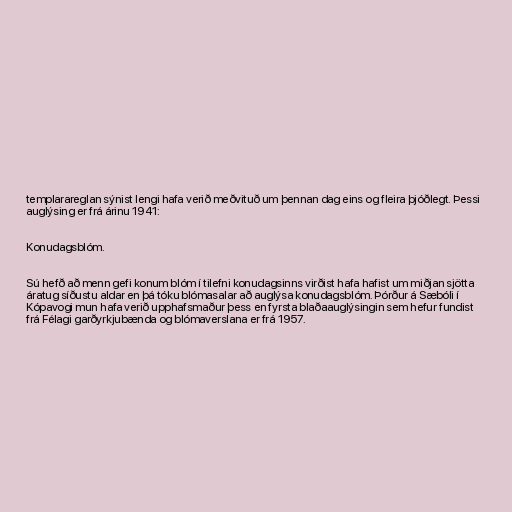
templarareglan sýnist lengi hafa verið meðvituð um þennan dag eins og fleira þjóðlegt. Þessi
auglýsing er frá árinu 1941:

Konudagsblóm.

Sú hefð að menn gefi konum blóm í tilefni konudagsinns virðist hafa hafist um miðjan sjötta
áratug síðustu aldar en þá tóku blómasalar að auglýsa konudagsblóm. Þórður á Sæbóli í
Kópavogi mun hafa verið upphafsmaður þess en fyrsta blaðaauglýsingin sem hefur fundist
frá Félagi garðyrkjubænda og blómaverslana er frá 1957.